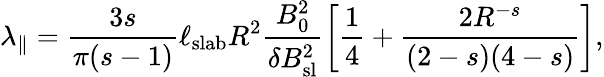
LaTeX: \lambda_{\parallel}=\frac{3s}{\pi(s-1)}\ell_{\mathrm{slab}}R^{2}\frac{B_{0}^{2}}{\delta B_{\mathrm{sl}}^{2}}\left[\frac{1}{4}+\frac{2R^{-s}}{(2-s)(4-s)}\right],